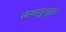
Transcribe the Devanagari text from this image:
जगतुगुड़ा